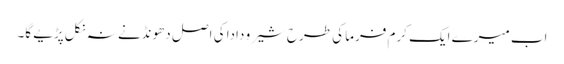
اب میرے ایک کرم فرما کی طرح شیرو دادا کی اصل دھونڈنے نہ نکل پڑیے گا۔